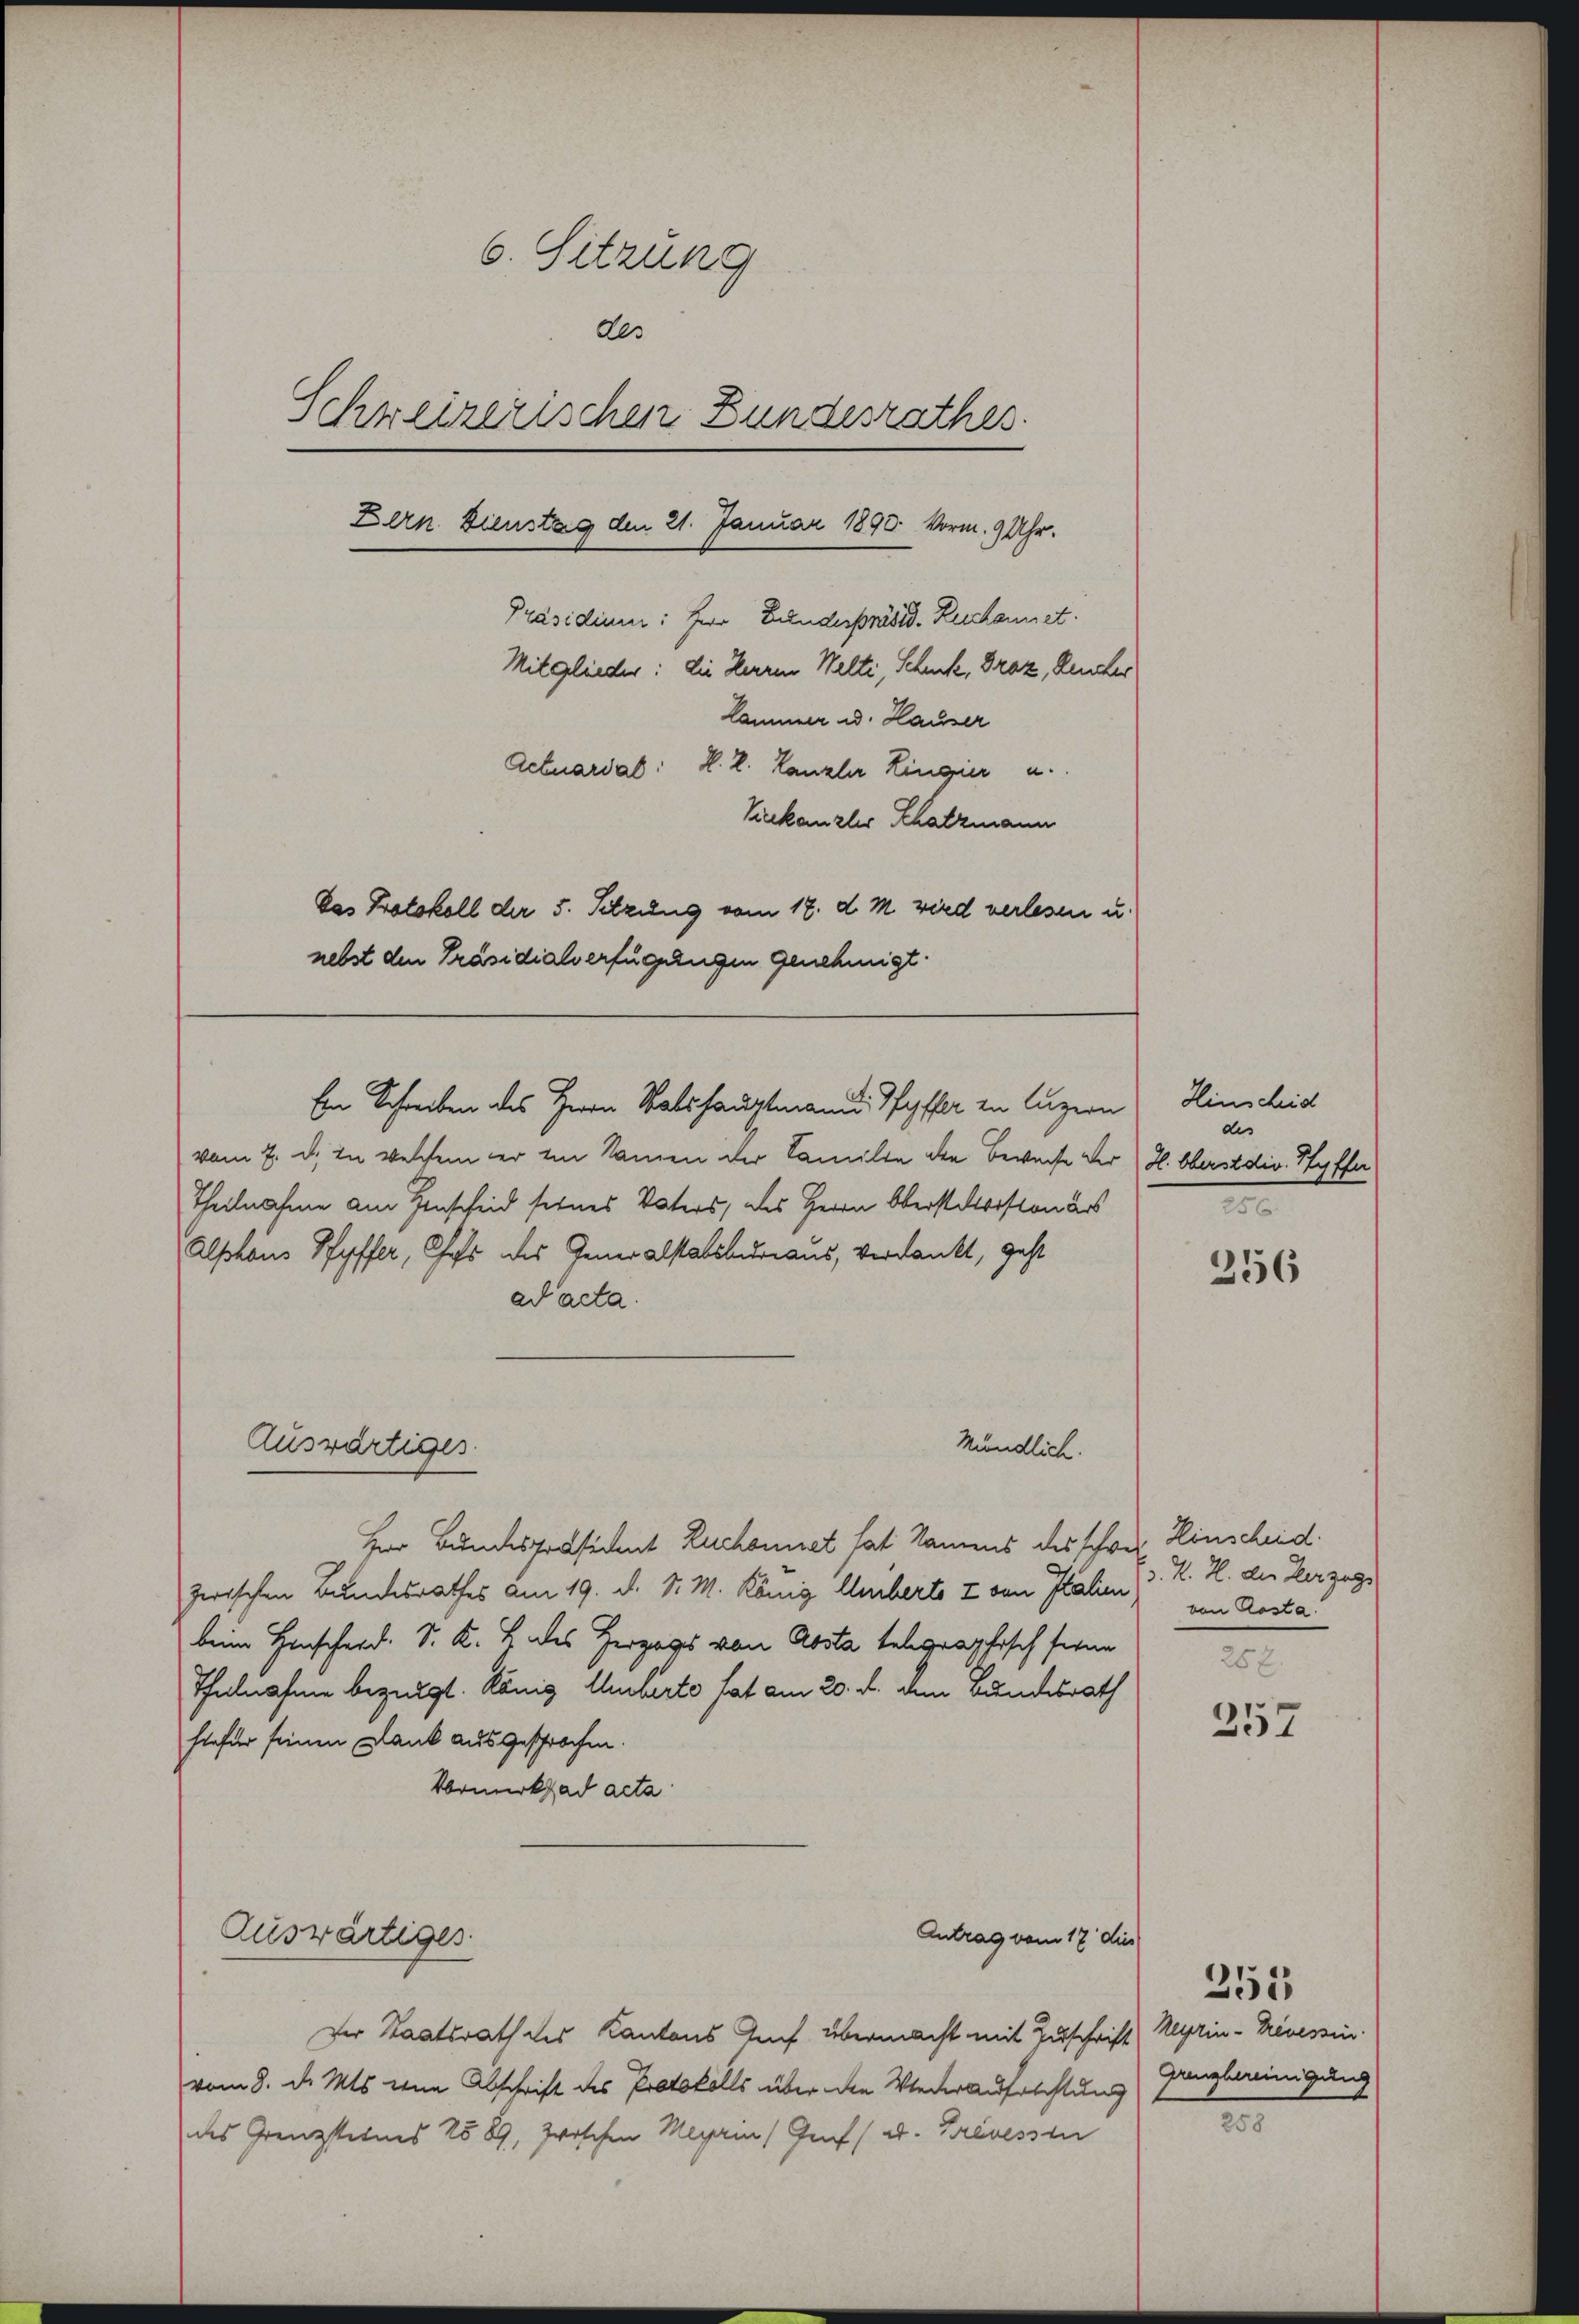
6. Sitzung
des
Schreizerischen Bundesrathes.
Zern. Dienstag den 21. Januar 1890. Vorm. 9 Uhr.
Präsidium: Herr Bundespräsid. Rechnet.
Mitglieder: die Herren Welti, Schenke, Graz, Rechter
kammer u. Hauser
Actuardat: H. L. Kanzler Lingier u.
Viekanzler Schatzmann
Das Protokoll der 5. Setzung vom 17. d. M. wird verlesen u.
nebst den Präsidialverfügungen genehmigt.

Ein Schreiben des Herrn Ratshauptmann, Pfyffer in Luzern

vom 7. d. in welchem er in Namen der Familie der Bewache der H. Oberstdir. Ryffe
Theilnahme am Hinscheid seines Vaters, des Herrn Obersteriston des
Alshaus Ryffer, Chefs des Generalstabsbureaus, verdankt, geht
ad acta.
Mündlich.
Her Bundespräsident Ruchonnet hat Namens des schwer, Hinscheid
zwischen Bundesrathes am 19. d. d. M. König Amberte I von Italien). K. H. der Herzag
beim Hinschard. S. K. H. des Herzogs von Aosta telegraphisch seine
Thulnahme bezeigt. König Amberte hat am 20. d. dem Bundesrath
hiefür seinen Dank ausgesprochen.
Vormerksad acta

Auswärtiges

Auswärtiges

Antrag vom 17 dies

Hinscheid
des
e

Der Staatsrath des Kantons Auch übermacht mit Zuschrift (Meyrin-Breveszin
vom 8. d. Mts. eine Abschrift des Protokolls über den Wiederaufsichtung
des Grenzsteines 25 89, zwischen Meyrin (Genf (v. Frevesst

256

von Rosta
25 x

257

Grenzbereinigung
258

253